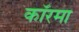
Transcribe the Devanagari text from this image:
कॉरमा